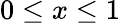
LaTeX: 0\le x\le 1